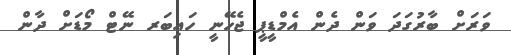
ވަރަށް ބާރުގަދަ ވަން ދެން އެމްޑީޕީ ޖެހޭނީ ހައިބަރ ނޭޓް މޯޑަށް ދާން